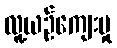
လူ့ယဉ်ကျေးမှု